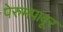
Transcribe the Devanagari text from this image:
पेरुमपावूर